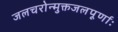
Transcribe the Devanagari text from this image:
जलचरोन्मुक्तजलपूर्णाः